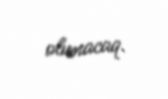
olunacaq.